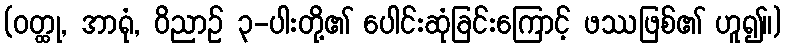
(ဝတ္ထု, အာရုံ, ဝိညာဉ် ၃-ပါးတို့၏ ပေါင်းဆုံခြင်းကြောင့် ဖဿဖြစ်၏ ဟူ၍။)